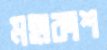
মহাকাশ